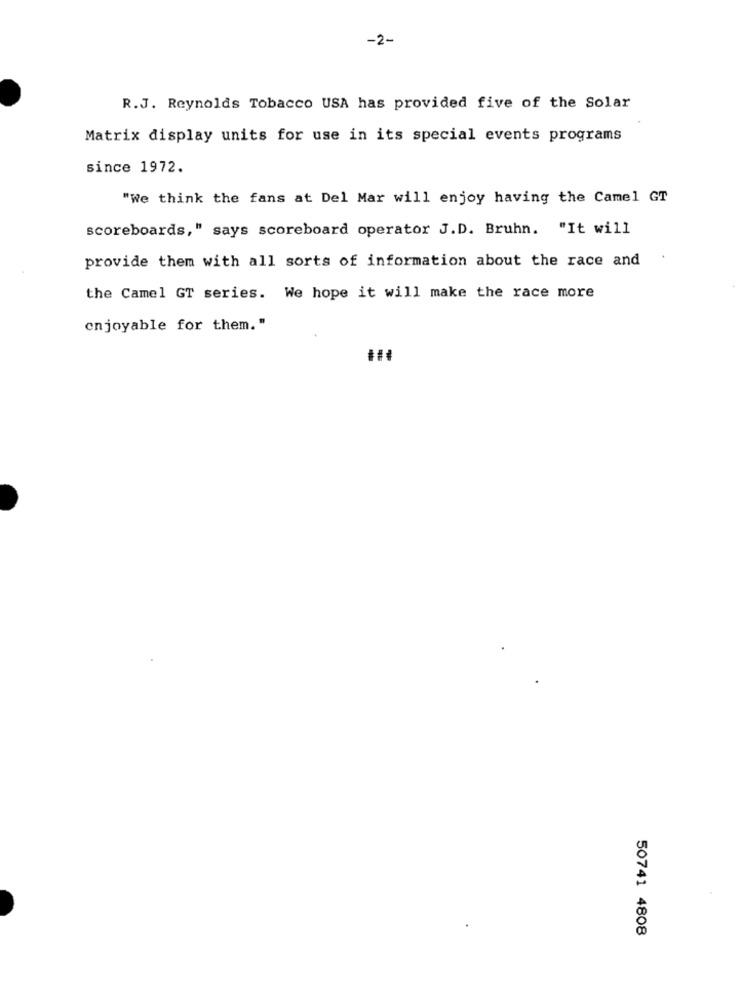
-2-
R.J. Reynolds Tobacco USA has provided five of the Solar
Matrix display units for use in its special events programs
since 1972.
"We think the fans at Del Mar will enjoy having the Camel GT
scoreboards," says scoreboard operator J.D. Bruhn. "It will
provide them with all sorts of information about the race and
the Camel GT series. We hope it will make the race more
enjoyable for them."
50741 4808